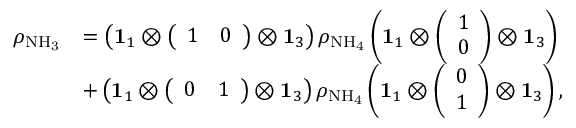
\begin{array} { r l } { \rho _ { \mathrm { N H _ { 3 } } } } & { = \left( \mathbf { 1 } _ { 1 } \otimes \left( \begin{array} { l l } { 1 } & { 0 } \end{array} \right) \otimes \mathbf { 1 } _ { 3 } \right) \rho _ { \mathrm { N H _ { 4 } } } \left( \mathbf { 1 } _ { 1 } \otimes \left( \begin{array} { l } { 1 } \\ { 0 } \end{array} \right) \otimes \mathbf { 1 } _ { 3 } \right) } \\ & { + \left( \mathbf { 1 } _ { 1 } \otimes \left( \begin{array} { l l } { 0 } & { 1 } \end{array} \right) \otimes \mathbf { 1 } _ { 3 } \right) \rho _ { \mathrm { N H _ { 4 } } } \left( \mathbf { 1 } _ { 1 } \otimes \left( \begin{array} { l } { 0 } \\ { 1 } \end{array} \right) \otimes \mathbf { 1 } _ { 3 } \right) , } \end{array}